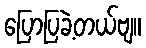
ပြောပြခဲ့တယ်ဗျ။